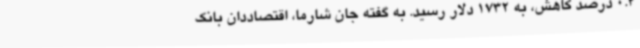
0.4 درصد کاهش، به 1732 دلار رسید. به گفته جان شارما، اقتصاددان بانک